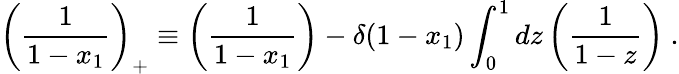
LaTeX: \left(\frac{1}{1-x_{1}}\right)_{+}\equiv\left(\frac{1}{1-x_{1}}\right)-\delta(1-x_{1})\int_{0}^{1}dz\left(\frac{1}{1-z}\right)\ .